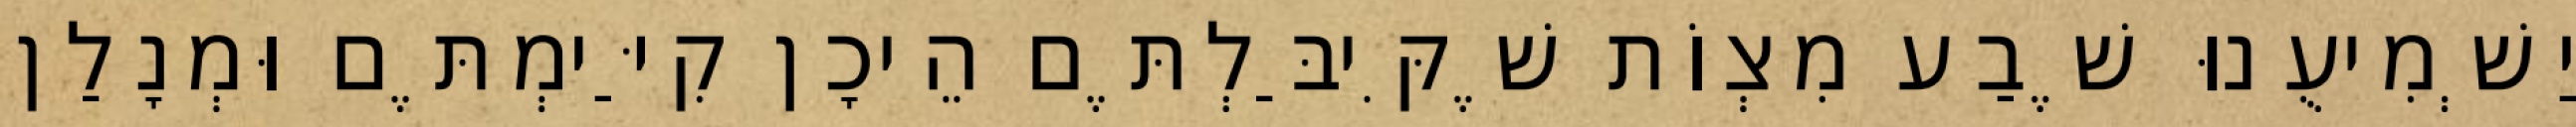
יַשְׁמִיעֻנוּ שֶׁבַע מִצְוֹת שֶׁקִּיבַּלְתֶּם הֵיכָן קִיַּימְתֶּם וּמְנָלַן